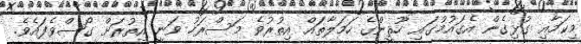
މިކަމާއި ގުޅިގެން އެޤައުމުގައި ހޫޘީންގެ ހަމަލާތައް އިތުރުވެ މަސްރަހު ވަނީ އިތުރަށް ގޯސްވެފައެވެ.